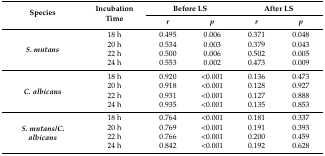
<table><thead><tr><td rowspan="2"><b>Species</b></td><td rowspan="2"><b>Incubation Time</b></td><td colspan="2"><b>Before LS</b></td><td colspan="2"><b>After LS</b></td></tr><tr><td><b><i>r</i></b></td><td><b><i>p</i></b></td><td><b><i>r</i></b></td><td><b><i>p</i></b></td></tr></thead><tbody><tr><td rowspan="4"><b><i>S. mutans</i></b></td><td>18 h</td><td>0.495</td><td>0.006</td><td>0.371</td><td>0.048</td></tr><tr><td>20 h</td><td>0.534</td><td>0.003</td><td>0.379</td><td>0.043</td></tr><tr><td>22 h</td><td>0.500</td><td>0.006</td><td>0.502</td><td>0.005</td></tr><tr><td>24 h</td><td>0.553</td><td>0.002</td><td>0.473</td><td>0.009</td></tr><tr><td rowspan="4"><b><i>C. albicans</i></b></td><td>18 h</td><td>0.920</td><td>&lt;0.001</td><td>0.136</td><td>0.473</td></tr><tr><td>20 h</td><td>0.918</td><td>&lt;0.001</td><td>0.128</td><td>0.927</td></tr><tr><td>22 h</td><td>0.931</td><td>&lt;0.001</td><td>0.127</td><td>0.888</td></tr><tr><td>24 h</td><td>0.935</td><td>&lt;0.001</td><td>0.135</td><td>0.853</td></tr><tr><td rowspan="4"><b><i>S. mutans/C. albicans</i></b></td><td>18 h</td><td>0.764</td><td>&lt;0.001</td><td>0.181</td><td>0.337</td></tr><tr><td>20 h</td><td>0.769</td><td>&lt;0.001</td><td>0.191</td><td>0.393</td></tr><tr><td>22 h</td><td>0.766</td><td>&lt;0.001</td><td>0.200</td><td>0.459</td></tr><tr><td>24 h</td><td>0.842</td><td>&lt;0.001</td><td>0.192</td><td>0.628</td></tr></tbody></table>